Civil Veterinary Department. United Provinces 1912-22 - 1912-1922
Year: 1912
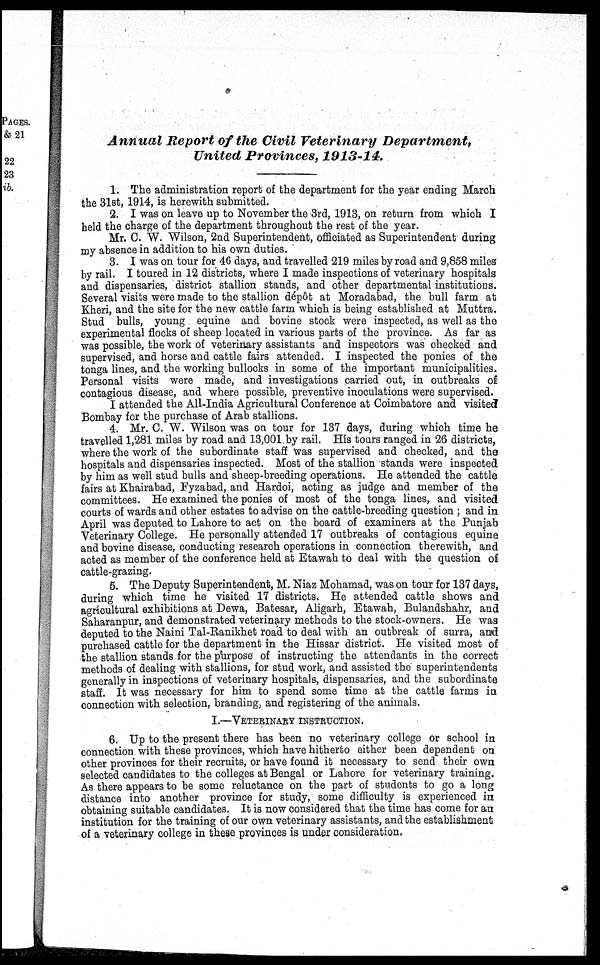
Annual Report of the Civil Veterinary
Department,
United Provinces, 1913-14.
1. The administration report of the department for the year ending March
the 31st, 1914, is herewith submitted.
2. I was on leave up to November the 3rd, 1913, on return from which I
held the charge of the department throughout the rest of the year.
Mr. C. W. Wilson, 2nd Superintendent, officiated as Superintendent during
my absence in addition to his own duties.
3. I was on tour for 46 days, and travelled 219 miles by road and 9,858 miles
by rail. I toured in 12 districts, where I made inspections of veterinary hospitals
and dispensaries, district stallion stands, and other departmental institutions.
Several visits were made to the stallion dépôt at Moradabad, the bull farm at
Kheri, and the site for the new cattle farm which is being established at Muttra.
Stud bulls, young equine and bovine stock were inspected, as well as the
experimental flocks of sheep located in various parts of the province. As far as
was possible, the work of veterinary assistants and inspectors was checked and
supervised, and horse and cattle fairs attended. I inspected the ponies of the
tonga lines, and the working bullocks in some of the important municipalities.
Personal visits were made, and investigations carried out, in outbreaks of
contagious disease, and where possible, preventive inoculations were supervised.
I attended the All-India Agricultural Conference at Coimbatore and visited
Bombay for the purchase of Arab stallions.
4. Mr. C. W. Wilson was on tour for 137 days, during which time he
travelled 1,281 miles by road and 13,001 by rail. His tours ranged in 26 districts,
where the work of the subordinate staff was supervised and checked, and the
hospitals and dispensaries inspected. Most of the stallion stands were inspected
by him as well stud bulls and sheep-breeding operations. He attended the cattle
fairs at Khairabad, Fyzabad, and Hardoi, acting as judge and member of the
committees. He examined the ponies of most of the tonga lines, and visited
courts of wards and other estates to advise on the cattle-breeding question ; and in
April was deputed to Lahore to act on the board of examiners at the Punjab
Veterinary College. He personally attended 17 outbreaks of contagious equine
and bovine disease, conducting research operations in connection therewith, and
acted as member of the conference held at Etawah to deal with the question of
cattle-grazing.
5. The Deputy Superintendent, M. Niaz Mohamad, was on tour for 137 days,
during which time he visited 17 districts. He attended cattle shows and
agricultural exhibitions at Dewa, Batesar, Aligarh, Etawah, Bulandshahr, and
Saharanpur, and demonstrated veterinary methods to the stock-owners. He was
deputed to the Naini Tal-Ranikhet road to deal with an outbreak of surra, and
purchased cattle for the department in the Hissar district. He visited most of
the stallion stands for the purpose of instructing the attendants in the correct
methods of dealing with stallions, for stud work, and assisted the superintendents
generally in inspections of veterinary hospitals, dispensaries, and the subordinate
staff. It was necessary for him to spend some time at the cattle farms in
connection with selection, branding, and registering of the animals.
I.—VETERINARY INSTRUCTION.
6. Up to the present there has been no veterinary college or school in
connection with these provinces, which have hitherto either been dependent on
other provinces for their recruits, or have found it necessary to send their own
selected candidates to the colleges at Bengal or Lahore for veterinary training.
As there appears to be some reluctance on the part of students to go a long
distance into another province for study, some difficulty is experienced in
obtaining suitable candidates. It is now considered that the time has come for an
institution for the training of our own veterinary assistants, and the establishment
of a veterinary college in these provinces is under consideration.